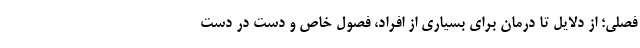
فصلی؛ از دلایل تا درمان برای بسیاری از افراد، فصول خاص و دست در دست